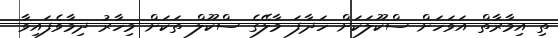
ތި އިމާރާތް އަވަހަށް ސްކޫލަކަށް ހަދާފަ މާލޭގެ ސްކޫލް ތަކަށް މިހާރު ދިމާވެފައިވާ